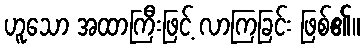
ဟူသော အထာကြီးဖြင့် လာကြခြင်း ဖြစ်၏။